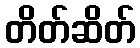
တိတ်ဆိတ်